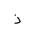
Letter: _thal